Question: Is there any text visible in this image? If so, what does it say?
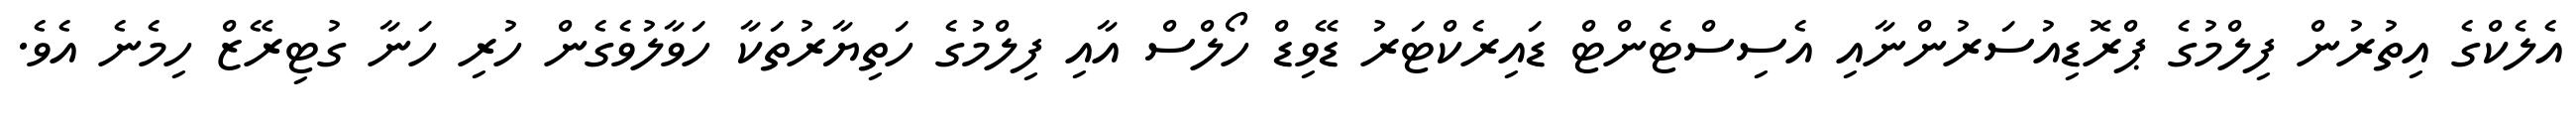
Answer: އެލެކްގެ އިތުރުން ފިލްމުގެ ޕްރޮޑިއުސަރުންނާއި އެސިސްޓެންޓް ޑައިރެކްޓަރު ޑޭވިޑް ހޯލްސް އާއި ފިލްމުގެ ހަތިޔާރުތަކާ ހަވާލުވެގެން ހުރި ހަނާ ގުޓިރޭޒް ހިމެނެ އެވެ.